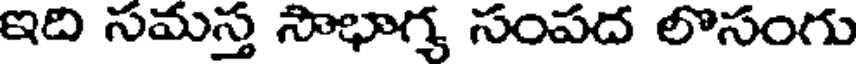
ఇది సమస్త సౌభాగ్య సంపద లొసంగు